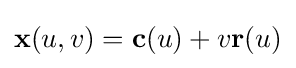
\mathbf {x} (u,v)=\mathbf {c} (u)+v\mathbf {r} (u)